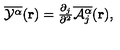
\overline { { { \cal Y } ^ { \alpha } } } ( { \bf r } ) = { \textstyle \frac { \partial _ { j } } { \partial ^ { 2 } } \overline { { { \cal A } _ { j } ^ { \alpha } } } ( { \bf r } ) } ,